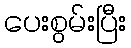
ပေးစွမ်းပြီး